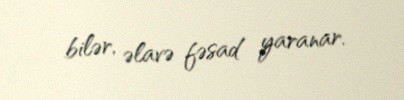
bilər, əlavə fəsad yaranar.